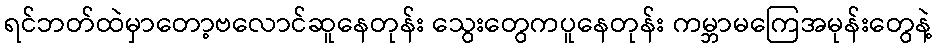
ရင်ဘတ်ထဲမှာတော့ဗလောင်ဆူနေတုန်း သွေးတွေကပူနေတုန်း ကမ္ဘာမကြေအမုန်းတွေနဲ့